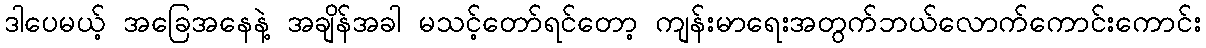
ဒါပေမယ့် အခြေအနေနဲ့ အချိန်အခါ မသင့်တော်ရင်တော့ ကျန်းမာရေးအတွက်ဘယ်လောက်ကောင်းကောင်း